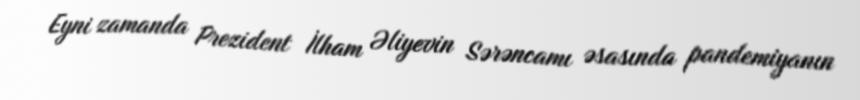
Eyni zamanda Prezident İlham Əliyevin Sərəncamı əsasında pandemiyanın